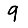
Digit: 9